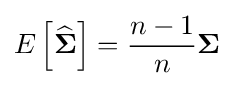
E\left[{\widehat {\boldsymbol {\Sigma }}}\right]={\frac {n-1}{n}}{\boldsymbol {\Sigma }}